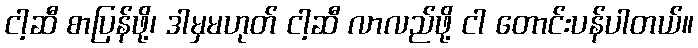
ငါ့ဆီ စာပြန်ဖို့၊ ဒါမှမဟုတ် ငါ့ဆီ လာလည်ဖို့ ငါ တောင်းပန်ပါတယ်။